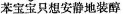
苯宝宝只想安静地装醇